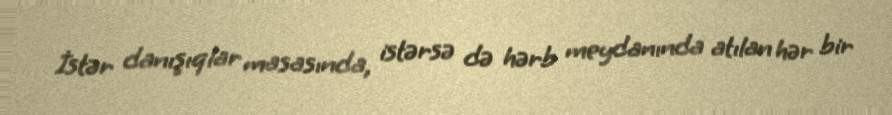
İstər danışıqlar masasında, istərsə də hərb meydanında atılan hər bir